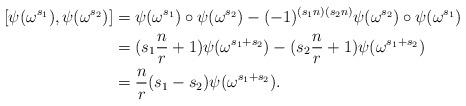
LaTeX: \begin{align*} [ \psi (\omega^{s_1}) , \psi (\omega^{s_2}) ] & = \psi (\omega^{s_1}) \circ \psi (\omega^{s_2}) - (-1)^{(s_1n)(s_2n)} \psi (\omega^{s_2}) \circ \psi (\omega^{s_1}) \\& = (s_1\frac{n}{r} + 1) \psi (\omega^{s_1 + s_2})- (s_2\frac{n}{r} +1) \psi (\omega^{s_1+ s_2 }) \\& = \frac{n}{r}(s_1 - s_2) \psi (\omega^{s_1 + s_2}).\end{align*}